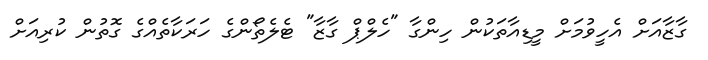
ގާޒާއަށް އެހީވުމަށް މީޑިއާތަކުން ހިންގާ "ހެލްޕް ގާޒާ" ޓެލެތޯންގެ ހަރަކާތެއްގެ ގޮތުން ކުރިއަށް